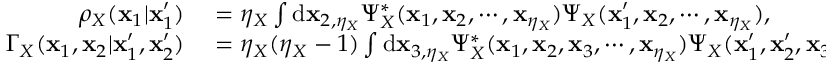
\begin{array} { r l } { \rho _ { X } ( \mathbf { x } _ { 1 } | \mathbf { x } _ { 1 } ^ { \prime } ) } & { { } = \eta _ { X } \int \mathrm { d } \mathbf { x } _ { 2 , \eta _ { X } } \Psi _ { X } ^ { * } ( \mathbf { x } _ { 1 } , \mathbf { x } _ { 2 } , \cdots , \mathbf { x } _ { \eta _ { X } } ) \Psi _ { X } ( \mathbf { x } _ { 1 } ^ { \prime } , \mathbf { x } _ { 2 } , \cdots , \mathbf { x } _ { \eta _ { X } } ) , } \\ { \Gamma _ { X } ( \mathbf { x } _ { 1 } , \mathbf { x } _ { 2 } | \mathbf { x } _ { 1 } ^ { \prime } , \mathbf { x } _ { 2 } ^ { \prime } ) } & { { } = \eta _ { X } ( \eta _ { X } - 1 ) \int \mathrm { d } \mathbf { x } _ { 3 , \eta _ { X } } \Psi _ { X } ^ { * } ( \mathbf { x } _ { 1 } , \mathbf { x } _ { 2 } , \mathbf { x } _ { 3 } , \cdots , \mathbf { x } _ { \eta _ { X } } ) \Psi _ { X } ( \mathbf { x } _ { 1 } ^ { \prime } , \mathbf { x } _ { 2 } ^ { \prime } , \mathbf { x } _ { 3 } , \cdots , \mathbf { x } _ { \eta _ { X } } ) , } \end{array}